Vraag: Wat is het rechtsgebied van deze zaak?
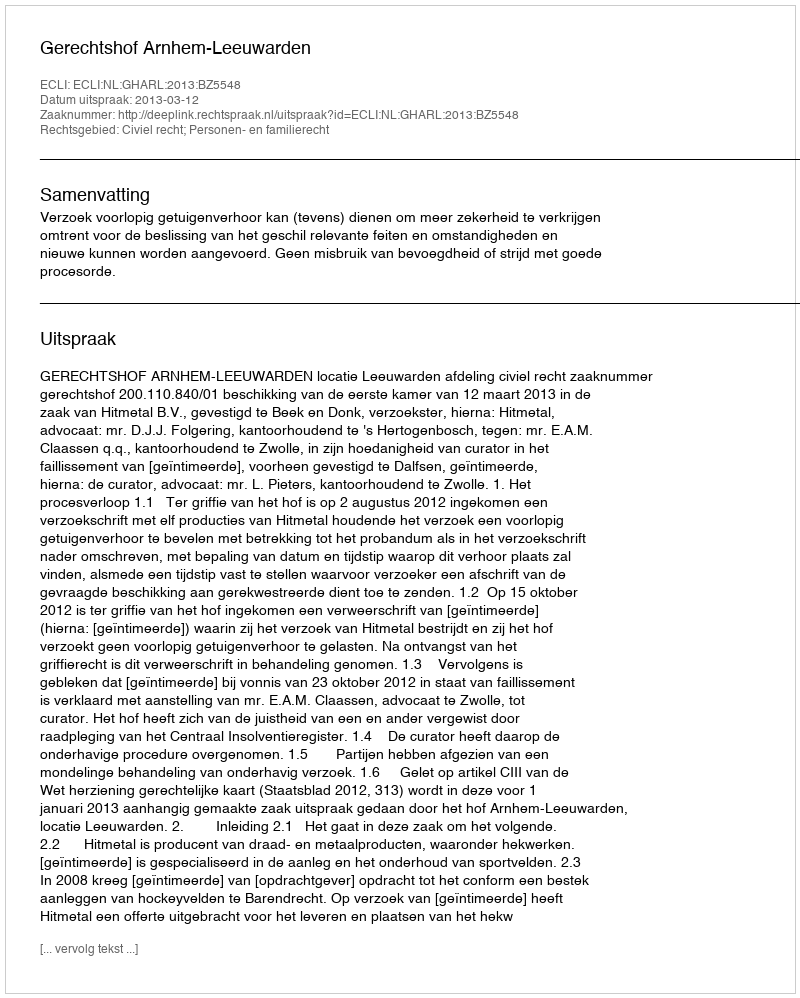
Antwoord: Civiel recht; Personen- en familierecht